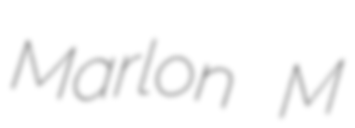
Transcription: Marlon M